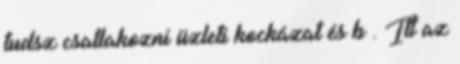
tudsz csatlakozni üzleti kockázat és b . Itt az